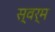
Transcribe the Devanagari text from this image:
स्वर्म